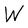
Character: W